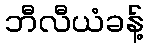
ဘီလီယံခန့်